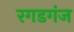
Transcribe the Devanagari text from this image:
रगडगंज